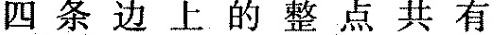
四条边上的整点共有